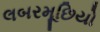
લબરમૂછિયો